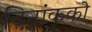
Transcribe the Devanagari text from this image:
दिनांकको